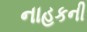
નાહકની